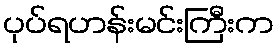
ပုပ်ရဟန်းမင်းကြီးက